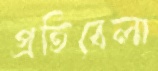
প্রতিবেলা